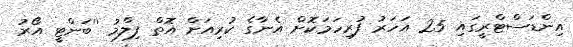
އިންޑަސްޓްރީގައި 25 އަހަރު ފުރިހަމަކޮށް އެނާގެ ކުރިއަށް އޮތް ފިލްމު ''ބަންޓީ އޯރު